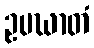
ဥပဃာတံ